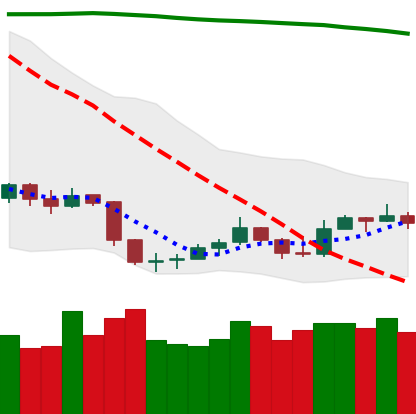
Ticker: LTC-USD
Chart end date: 2019-09-11
Forward return: 3.791%
Label: up_3_5